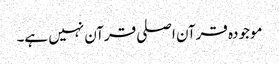
موجودہ قرآن اصلی قرآن نہیں ہے۔